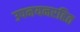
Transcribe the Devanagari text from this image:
उपनयनरहित